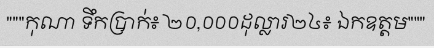
"""កុណា ទឹកប្រាក់៖ ២០,០០០ដុល្លារ២៤៖ ឯកឧត្តម"""